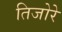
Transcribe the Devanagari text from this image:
तिजोरे